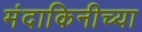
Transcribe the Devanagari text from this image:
मंदाकिनीच्या